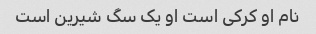
نام او کرکی است او یک سگ شیرین است